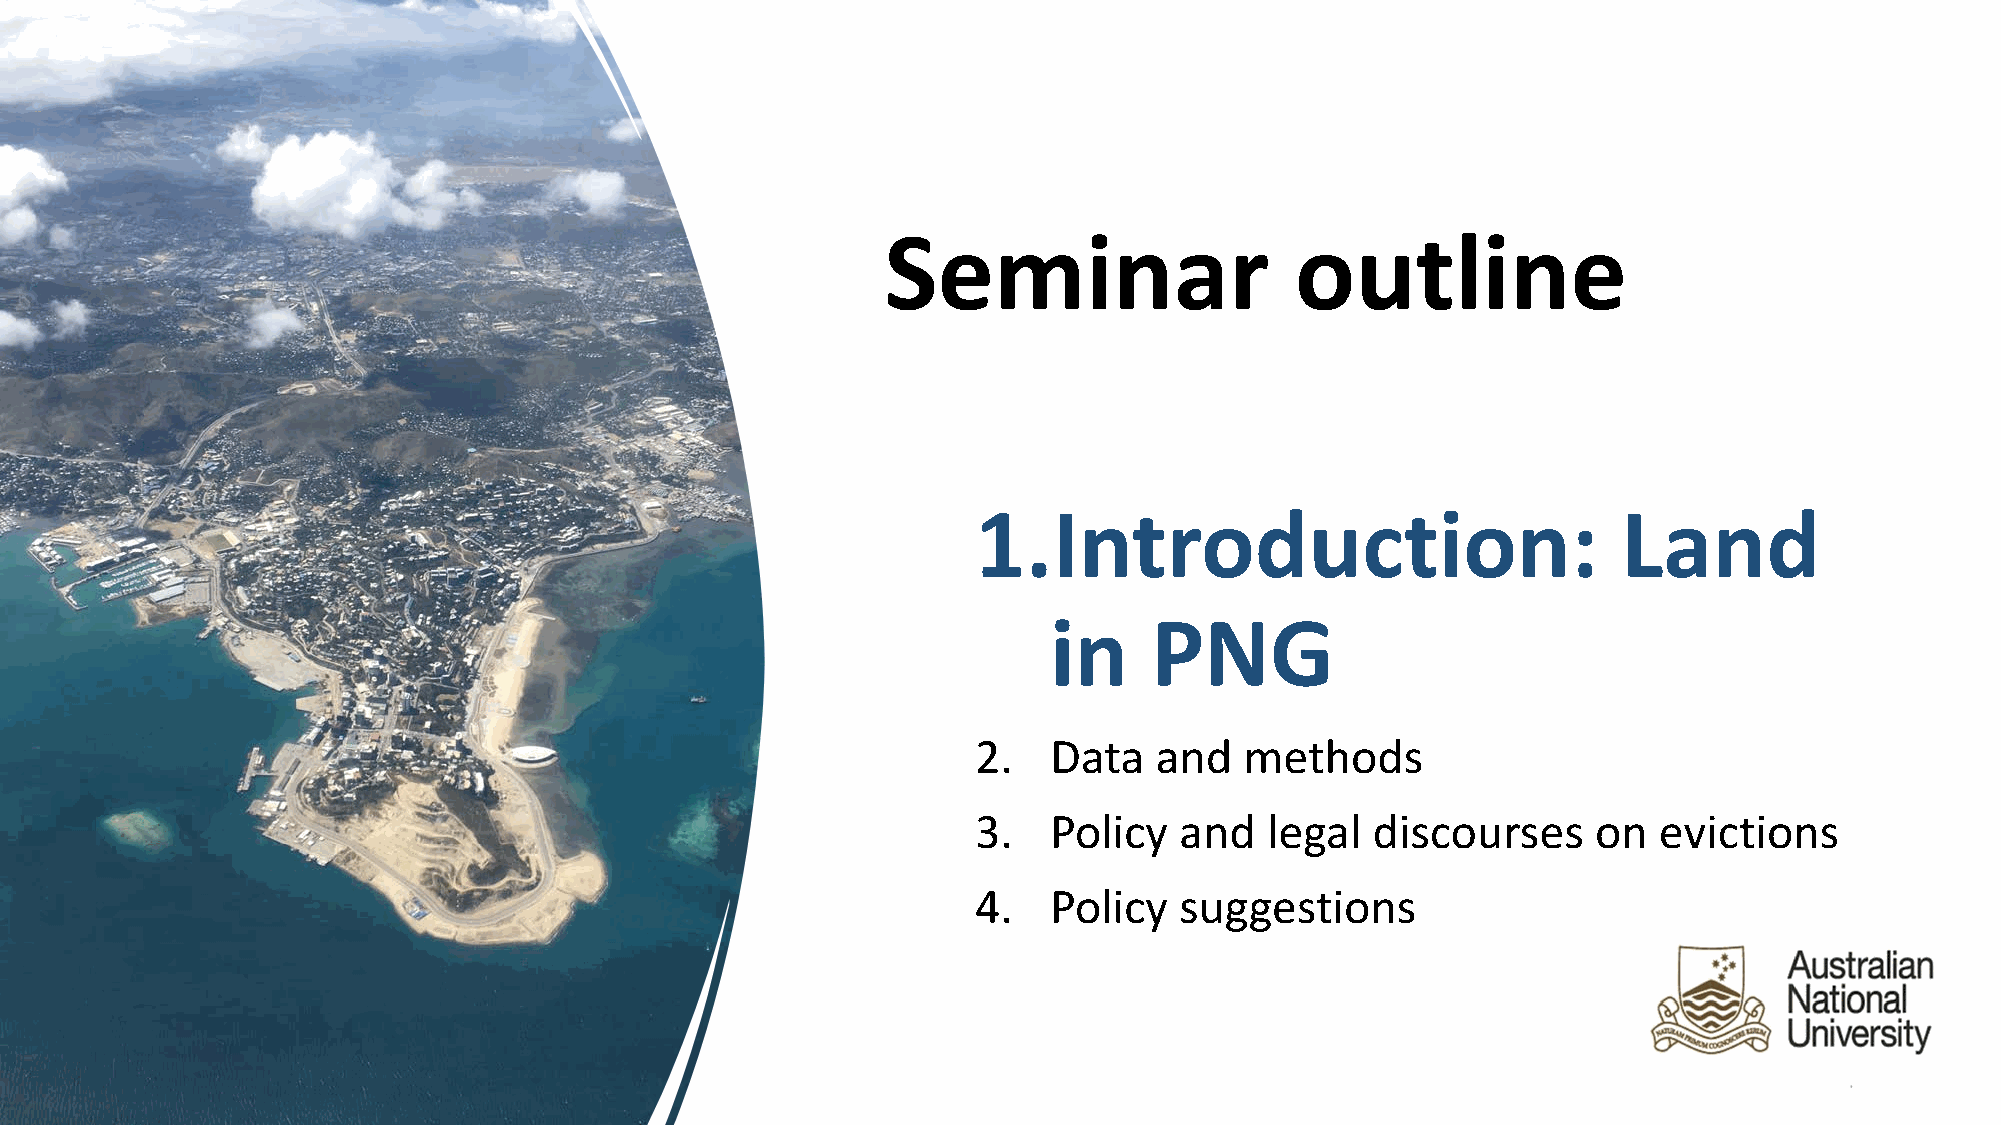
Seminar                    outline
 1.Introduction:                           Land
 in     PNG
 2.  Data   and   methods
 3.  Policy   and   legal  discourses     on  evictions
 4.  Policy   suggestions